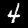
Digit: 4